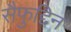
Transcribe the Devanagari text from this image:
सैफुद्दिन